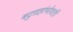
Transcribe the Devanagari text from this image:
बटुग्रहांभोवती